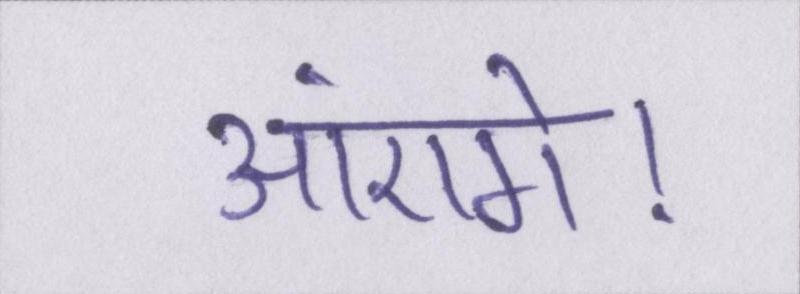
आएंगे।